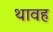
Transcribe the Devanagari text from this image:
थावह